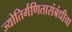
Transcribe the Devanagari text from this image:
ज्योतिर्गणितासंबंधीचा